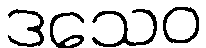
ဒသေဝ